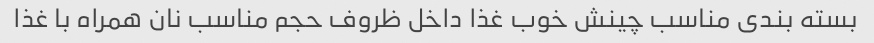
بسته بندی مناسب چینش خوب غذا داخل ظروف حجم مناسب نان همراه با غذا